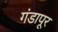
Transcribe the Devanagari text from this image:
गंडापूर